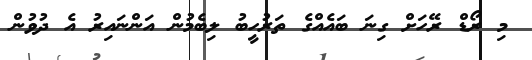
މި ރޯޑް ރޭހަށް ގިނަ ބައެއްގެ ތަރުހީބު ލިބެމުން އަންނައިރު އެ ދުވުން